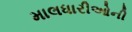
માલધારીઓની